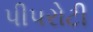
પીપરોટી